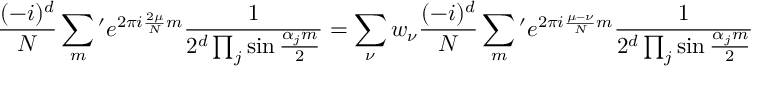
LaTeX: { \frac { ( - i ) ^ { d } } { N } } \sum _ { m } { } ^ { \prime } e ^ { 2 \pi i { \frac { 2 \mu } { N } } m } { \frac { 1 } { 2 ^ { d } \prod _ { j } \sin { \frac { \alpha _ { j } m } { 2 } } } } = \sum _ { \nu } w _ { \nu } { \frac { ( - i ) ^ { d } } { N } } \sum _ { m } { } ^ { \prime } e ^ { 2 \pi i { \frac { \mu - \nu } { N } } m } { \frac { 1 } { 2 ^ { d } \prod _ { j } \sin { \frac { \alpha _ { j } m } { 2 } } } }